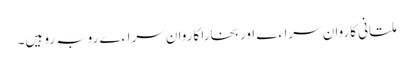
ملتانی کاروان سراءے اور بخارا کاروان سراءے روبہ رو ہیں۔